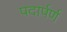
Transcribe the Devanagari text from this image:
पदार्पर्ण